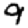
Digit: 9